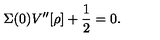
\Sigma ( 0 ) V ^ { \prime \prime } [ \rho ] + \frac { 1 } { 2 } = 0 .